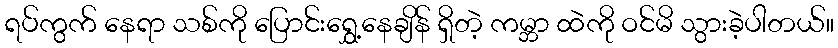
ရပ်ကွက် နေရာ သစ်ကို ပြောင်းရွှေ့နေချိန် ရှိတဲ့ ကမ္ဘာ ထဲကို ဝင်မိ သွားခဲ့ပါတယ်။